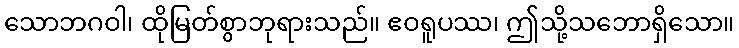
သောဘဂဝါ၊ ထိုမြတ်စွာဘုရားသည်။ ဧဝရူပဿ၊ ဤသို့သဘောရှိသော။